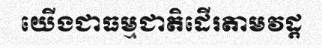
យើងជាធម្មជាតិដើរតាមវដ្ត